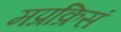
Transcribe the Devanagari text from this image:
मप्रक्रिसं